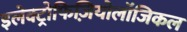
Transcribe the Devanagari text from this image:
इलेक्ट्रोफिज़ियोलॉजिकल